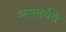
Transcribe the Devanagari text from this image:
असमर्थसे